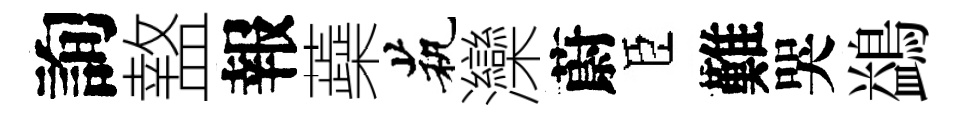
詢盩報蘃茕灤蔚臣難哭鷁